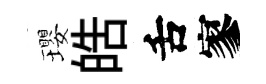
瓔皓舌寥